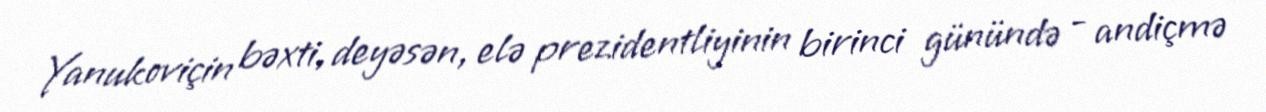
Yanukoviçin bəxti, deyəsən, elə prezidentliyinin birinci günündə - andiçmə